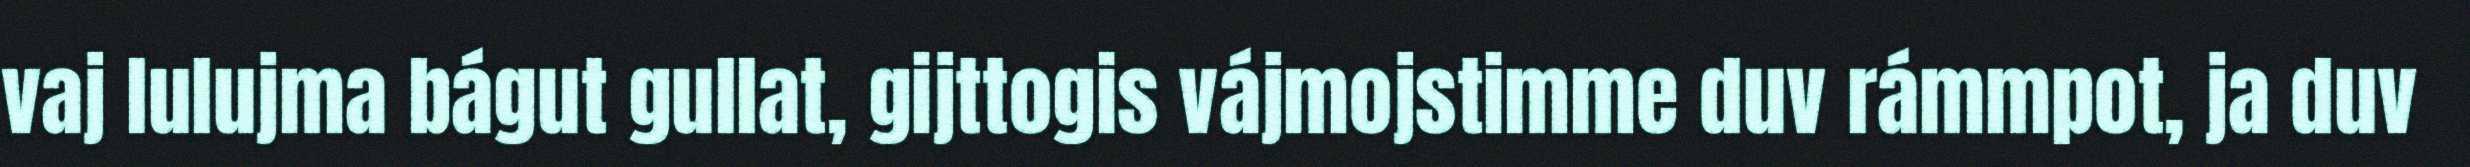
vaj lulujma bágut gullat, gijttogis vájmojstimme duv rámmpot, ja duv